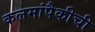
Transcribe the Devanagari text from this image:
कलमांपैकीची